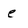
Character: e